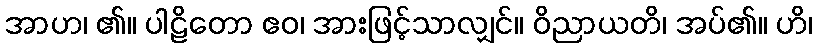
အာဟ၊ ၏။ ပါဠိတော ဧဝ၊ အားဖြင့်သာလျှင်။ ဝိညာယတိ၊ အပ်၏။ ဟိ၊